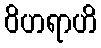
ဝိဟရာဟိ